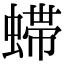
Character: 䗖